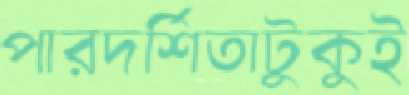
পারদর্শিতাটুকুই